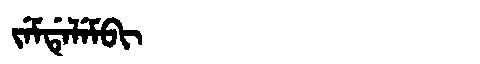
Manchu: ᠵᡝᠮᡩᡝᠯᡝᠮᠪᡳ
Romanization: JEMDELEMBI